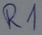
Text: R1